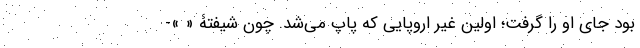
بود جای او را گرفت؛ اولین غیر اروپایی که پاپ می‌شد. چون شیفتۀ « »-